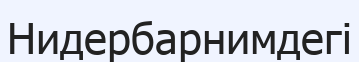
Нидербарнимдегі